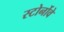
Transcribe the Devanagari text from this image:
स्टोर्नोवे